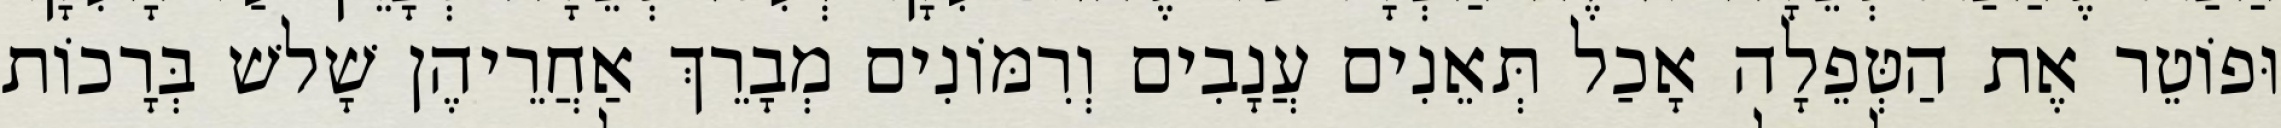
וּפוֹטֵר אֶת הַטְּפֵלָה אָכַל תְּאֵנִים עֲנָבִים וְרִמּוֹנִים מְבָרֵךְ אַחֲרֵיהֶן שָׁלשׁ בְּרָכוֹת